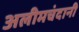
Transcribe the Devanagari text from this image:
अलीमचंदानी